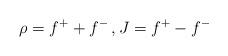
LaTeX: \begin{align*}\rho=f^+ + f^-\,, J=f^+ - f^-\end{align*}